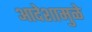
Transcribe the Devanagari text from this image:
आदेशामुळे